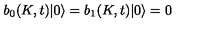
b _ { 0 } ( K , t ) | 0 \rangle = b _ { 1 } ( K , t ) | 0 \rangle = 0